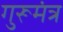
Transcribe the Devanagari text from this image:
गुरूमंत्र